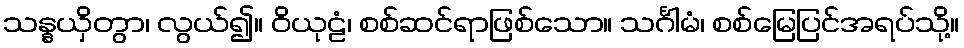
သန္နယှိတွာ၊ လွယ်၍။ ဝိယုဠံ၊ စစ်ဆင်ရာဖြစ်သော။ သင်္ဂါမံ၊ စစ်မြေပြင်အရပ်သို့။